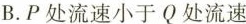
B.P处流速小于Q处流速